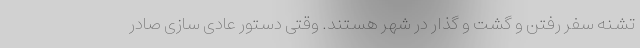
تشنه سفر رفتن و گشت و گذار در شهر هستند. وقتی دستور عادی سازی صادر